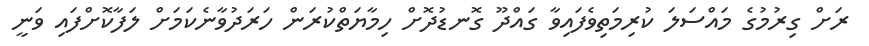
ރަށް ގިރުމުގެ މައްސަލަ ކުރިމަތިވެފައިވާ ގައްދޫ ގޮނޑުދޮށް ހިމާޔަތްކުރަން ހަރަދުވާނެކަމަށް ލަފާކޮށްފައި ވަނީ